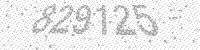
Solution: 829125